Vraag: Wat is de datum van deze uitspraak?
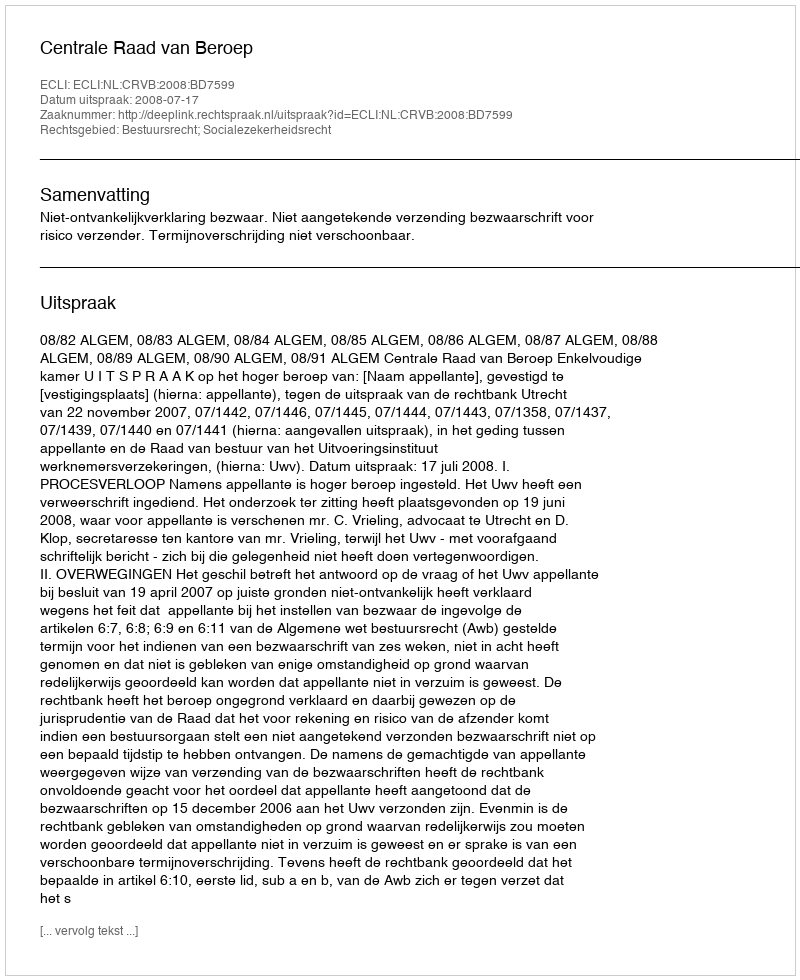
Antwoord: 2008-07-17